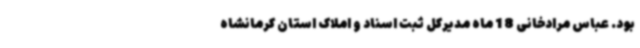
بود. عباس مرادخانی 18 ماه مدیرکل ثبت اسناد و املاک استان کرمانشاه